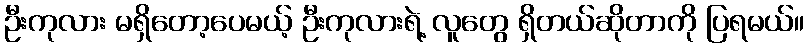
ဦးကုလား မရှိတော့ပေမယ့် ဦးကုလားရဲ့ လူတွေ ရှိတယ်ဆိုတာကို ပြရမယ်။